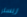
ريسلر